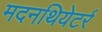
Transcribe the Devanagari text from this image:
मदनथियेटर्र